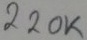
Text: 220K